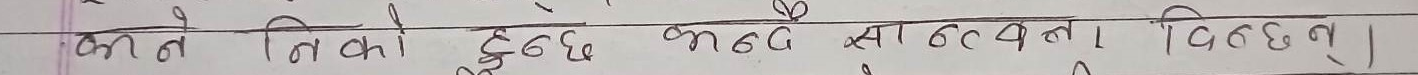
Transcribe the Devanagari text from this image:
किन्ने तिको हुँदछ भनग सात्वना विन्दछन् ।